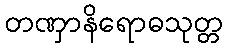
တဏှာနိရောဓသုတ္တ